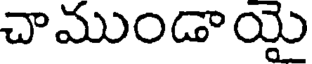
చాముండాయై